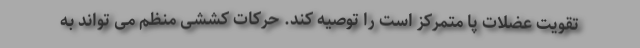
تقویت عضلات پا متمرکز است را توصیه کند. حرکات کششی منظم می تواند به